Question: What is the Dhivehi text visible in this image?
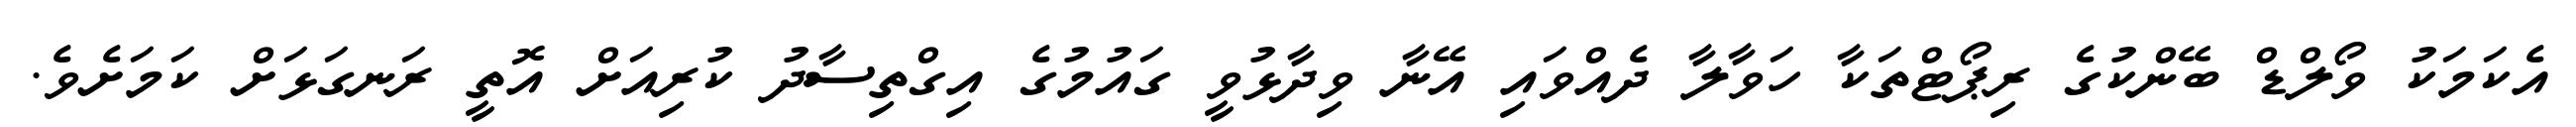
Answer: އެކަމަކު ވޯލްޑް ބޭންކުގެ ރިޕޯޓްތަކާ ހަވާލާ ދެއްވައި އޭނާ ވިދާޅުވީ ގައުމުގެ އިގްތިސާދު ކުރިއަށް އޮތީ ރަނގަޅަށް ކަމަށެވެ.